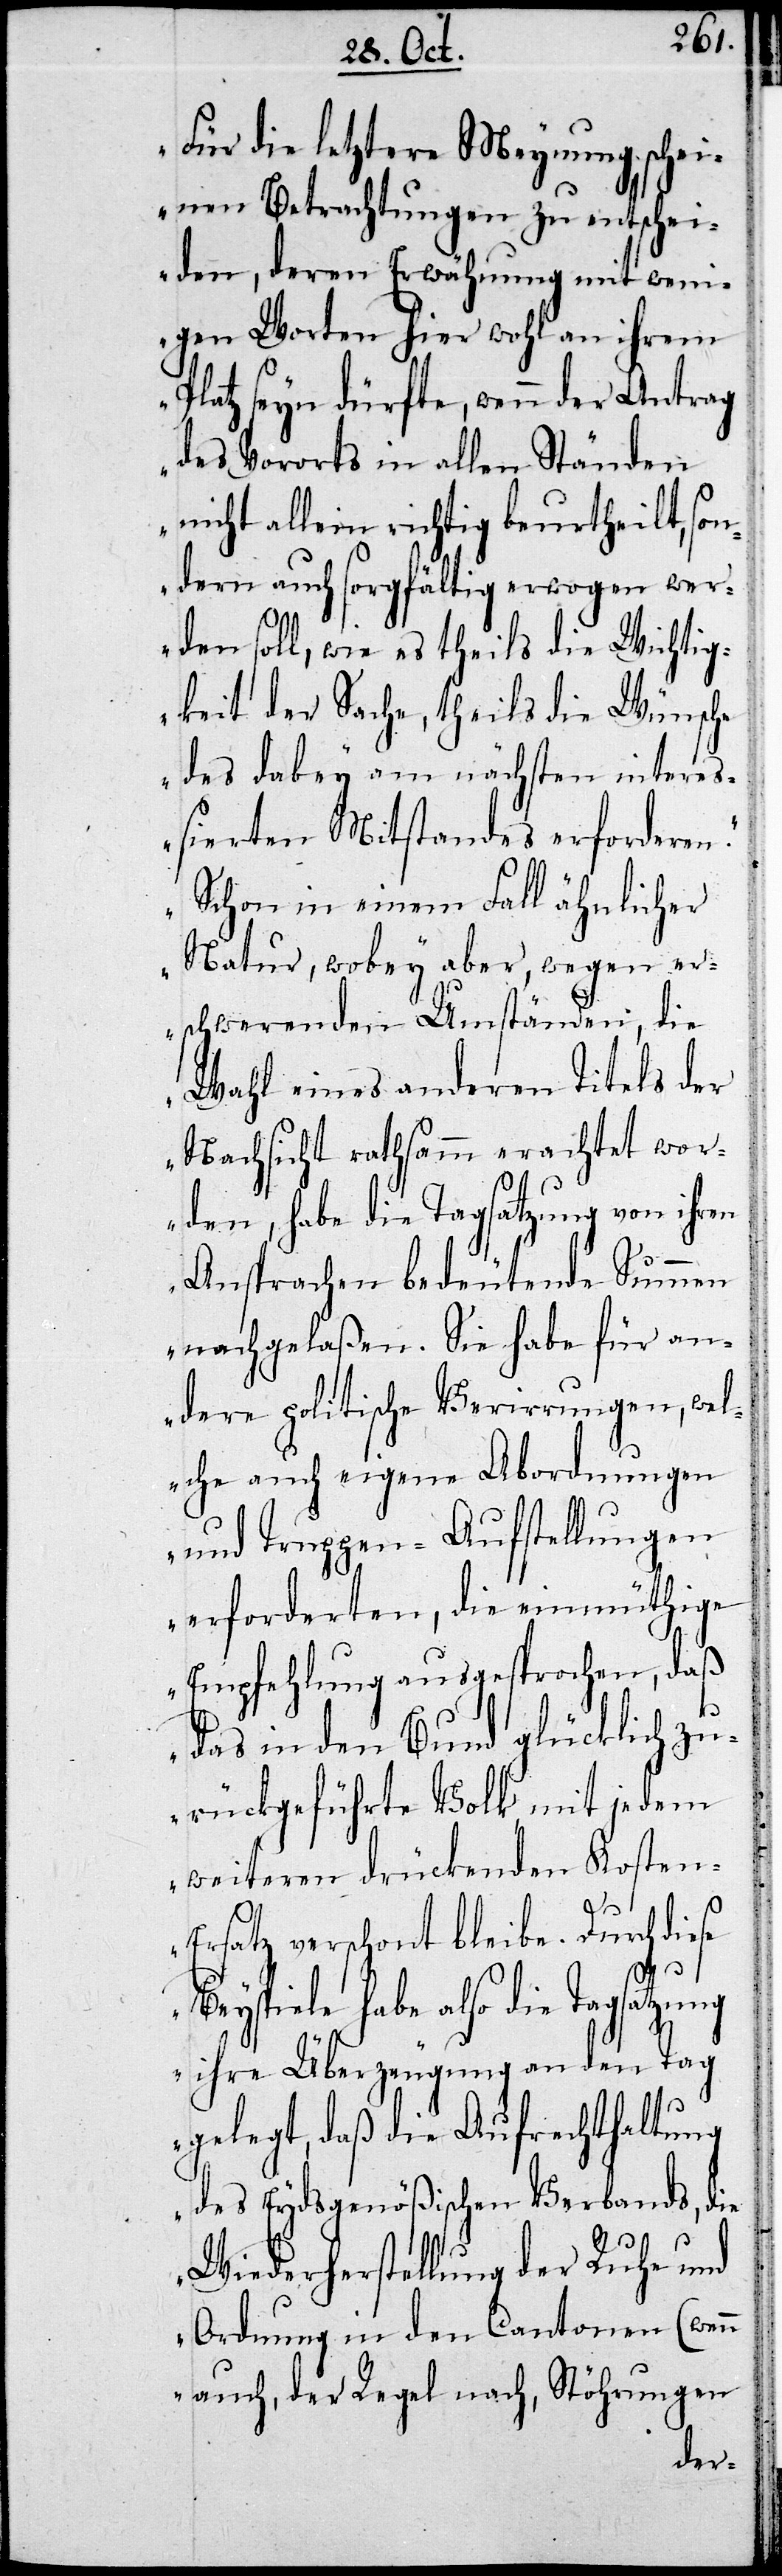
Für die letztere Meynung schei¬
nen Betrachtungen zu entschei¬
den, deren Erwähnung mit wen¬
igen Worten hier wohl an ihrem
Platz seyn dürfte, wenn der Antrag
des Vororts in allen Ständen
nicht allein richtig beurtheilt, son¬
dern auch sorgfältig erwogen wer¬
den soll, wie es theils die Wichtig¬
keit der Sache, theils die Wünsche
des dabey am nächsten inter¬
eßierten Mitstandes erforderen.
Schon in einem Fall ähnlicher
Natur, wobey aber, wegen er¬
schwerender Umständen, die
Wahl eines anderen Titels der
Nachsicht rathsamm erachtet wor¬
den, habe die Tagsatzung von ihren
Ansprachen bedeutende Summen
nachgelaßen. Sie habe für an¬
dere politische Verwirrungen, wel¬
che auch eigene Abordnungen
und Truppen-Aufstellungen
erforderten, die einmüthige
Empfehlung ausgesprochen, daß
das in den Bund glücklich zu¬
rückgeführte Volk mit jedem
weiteren drückenden Kosten-E¬
rsatz verschont bleibe. Durch diese
Beyspiele habe also die Tagsatzu¬
ng ihre Überzeugung an den Tag
gelegt, daß die Aufrechterhaltung
des Eydsgenößischen Verbands, die
Wiederherstellung der Ruhe und
Ordnung in den Cantonen (wenn
auch, der Regel nach, Stöhrungen